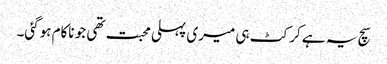
سچ یہ ہے کرکٹ ہی میری پہلی محبت تھی جو ناکام ہوگئی۔